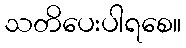
သတိပေးပါရစေ။